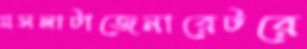
মসলাটাজেনারেটরে